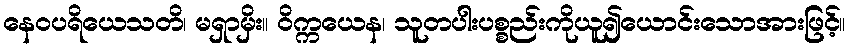
နေဝပရိယေသတိ၊ မရှာမှိး။ ဝိက္ကယေန၊ သူတပါးပစ္စည်းကိုယူ၍ယောင်းသောအားဖြင့်။